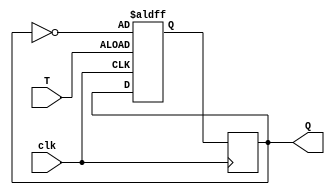
module TFF (
    input wire clk,
    input wire T,
    output reg Q
);

reg Q_next;

always @ (posedge clk or posedge T) begin
    if (T) begin
        Q_next <= ~Q;
    end else begin
        Q_next <= Q;
    end
end

always @ (posedge clk) begin
    Q <= Q_next;
end

endmodule